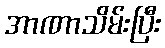
အာဏာသိမ်းပြီး